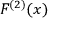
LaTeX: F ^ { ( 2 ) } ( x )